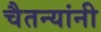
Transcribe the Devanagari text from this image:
चैतन्यांनी